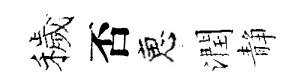
穢否恵潤静